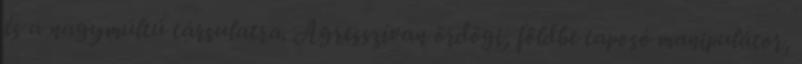
és a nagymúltú társulatra. Agresszívan ördögi, földbe taposó manipulátor,